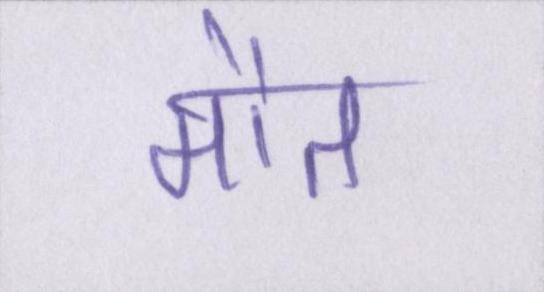
मौत